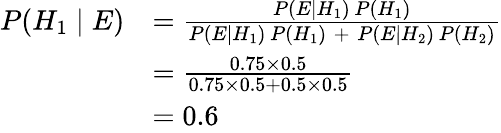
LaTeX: {\begin{array}{rl}{P(H_{1}\mid E)}&{={\frac{P(E\mid H_{1})\, P(H_{1})}{P(E\mid H_{1})\, P(H_{1})\; +\; P(E\mid H_{2})\, P(H_{2})}}}\\ {\ }&{={\frac{0.75\times 0.5}{0.75\times 0.5+0.5\times 0.5}}}\\ {\ }&{=0.6}\end{array}}